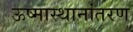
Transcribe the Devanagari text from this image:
ऊष्मास्थानांतरण